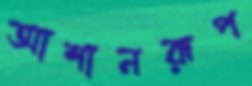
আশানরূপ